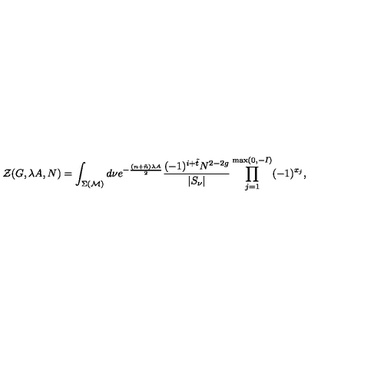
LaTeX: { \cal Z } ( G , \lambda A , N ) = \int _ { \Sigma ( { \cal M } ) } d \nu e ^ { - \frac { ( n + \tilde { n } ) \lambda A } { 2 } } \frac { ( - 1 ) ^ { i + \tilde { t } } N ^ { 2 - 2 g } } { | S _ { \nu } | } \prod _ { j = 1 } ^ { \max ( 0 , - I ) } ( - 1 ) ^ { x _ { j } } ,